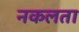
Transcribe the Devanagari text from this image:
नकलता